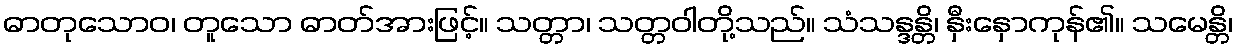
ဓာတုသောဝ၊ တူသော ဓာတ်အားဖြင့်။ သတ္တာ၊ သတ္တဝါတို့သည်။ သံသန္ဒန္တိ၊ နှီးနှောကုန်၏။ သမေန္တိ၊